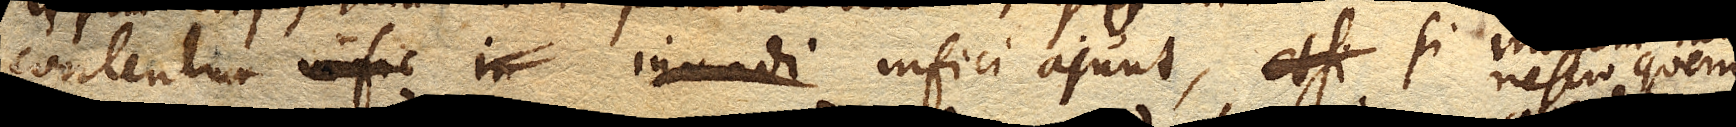
contentum infici ajunt, si